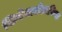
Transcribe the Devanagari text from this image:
सिनेमाटोग्राफिक